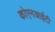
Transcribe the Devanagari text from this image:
कोएनआईटी